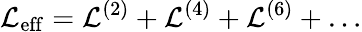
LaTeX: {\cal L}_{\mathrm{eff}}={\cal L}^{(2)}+{\cal L}^{(4)}+{\cal L}^{(6)}+\dots